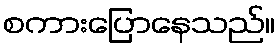
စကားပြောနေသည်။